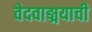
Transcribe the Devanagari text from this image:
वेदवाङ्मयाची